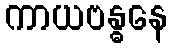
ကာယဗန္ဓနေ